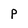
Character: p